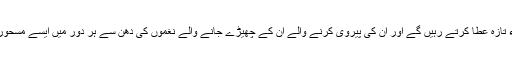
اس مسحور کن رباب سے جو پر کیف نغمے پھوٹے وہ تا ابد دلوں کو ایک ولولہ ء تازہ عطا کرتے رہیں گے اور ان کی پیروی کرنے والے ان کے چھیڑے جانے والے نغموں کی دھن سے ہر دور میں ایسے مسحور کن نغمے تخلیق کرتے رہیں گے جن میں اسی دھن کی باز گشت سنائی دے گی۔